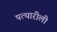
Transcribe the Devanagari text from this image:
पत्थारीली